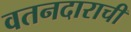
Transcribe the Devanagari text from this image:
वतनदाराची